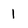
Character: 1